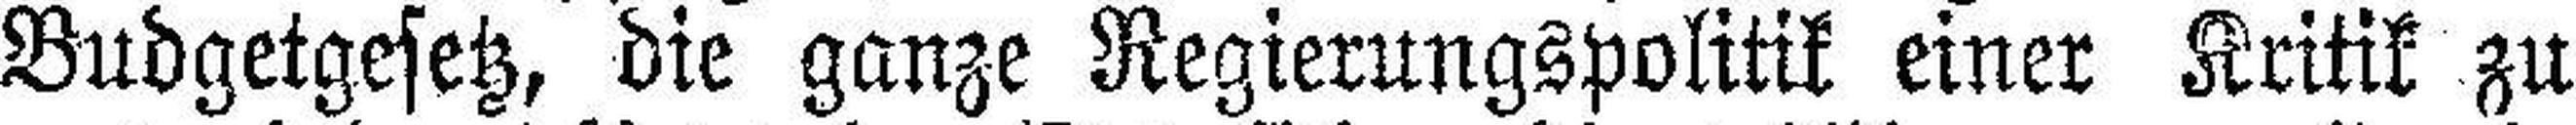
Budgetgesetz, die ganze Regierungspolitik einer Kritik zu